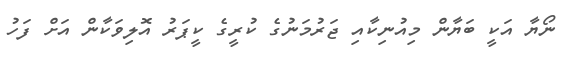
ނޯޔާ އަކީ ބަޔާން މިއުނިކާއި ޖަރުމަނުގެ ކުރީގެ ކީޕަރު އޮލިވަކާން އަށް ފަހު